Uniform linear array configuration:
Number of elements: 12
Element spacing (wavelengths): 0.25
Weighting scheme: hamming
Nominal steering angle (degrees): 30
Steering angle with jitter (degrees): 28.27
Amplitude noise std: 0.05
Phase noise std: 0.05

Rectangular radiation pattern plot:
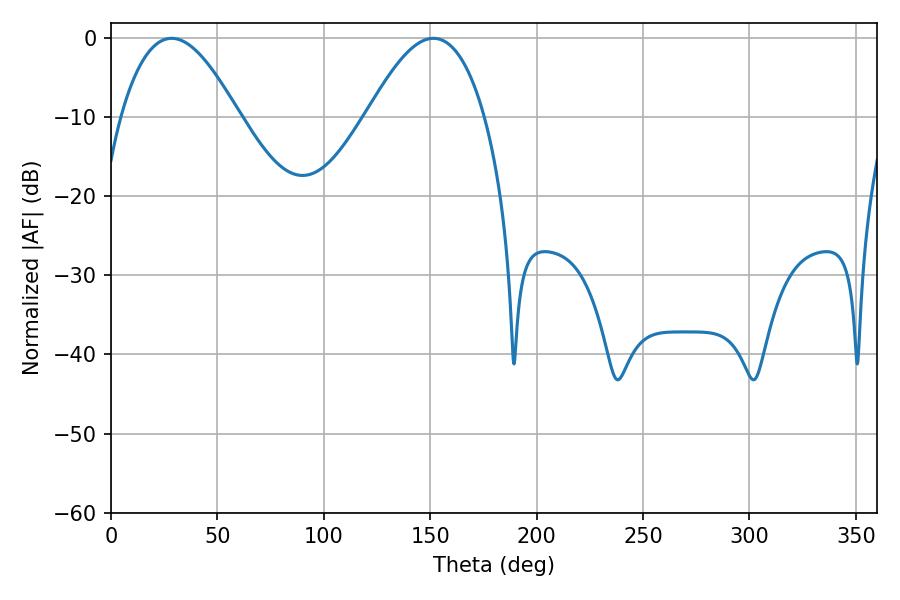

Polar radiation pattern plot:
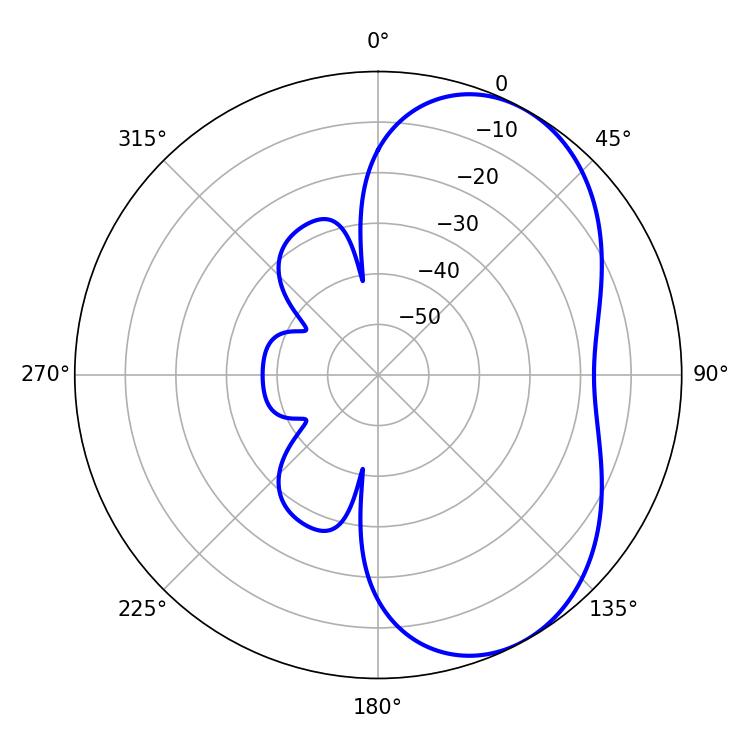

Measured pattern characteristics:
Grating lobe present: FALSE
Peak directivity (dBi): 5.301
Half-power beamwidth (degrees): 30.24
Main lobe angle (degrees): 28.44